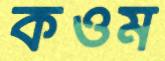
কওম